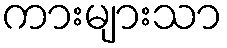
ကားများသာ